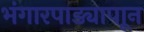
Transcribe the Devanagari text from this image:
भंगारपाड्यापाून